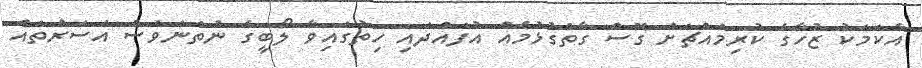
އެކަމަކު ޒުހާގެ ކުރިމައްޗަށް ގޮސް ގާތްގުޅުމެއް އުފައްދައި ހިތުގައިވާ ލޯބީގެ ނުތަނަވަސް އަސަރުތައް